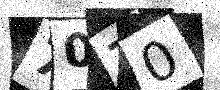
Text: 70Z0